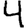
Digit: 4